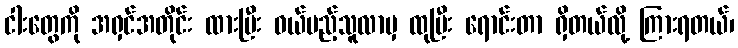
ငါးတွေကို အရှင်အတိုင်း ထားပြီး ဝယ်မည့်သူလာမှ ထုပြီး ရောင်းတာ ရှိတယ်လို့ ကြားရတယ်၊